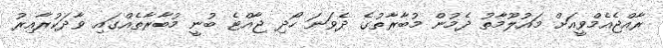
ރާއްޖެއެމްވީއަށް މައުލޫމާތު ދެމުން މުބާރާތުގެ ދެވަނަ ހޯދި ޖާއްޓެ ބުނީ މުބާރާތެއްގައި ވާދަކުރާއިރު